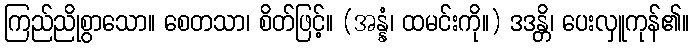
ကြည်ညိုစွာသော။ စေတသာ၊ စိတ်ဖြင့်။ (အန္နံ၊ ထမင်းကို။) ဒဒန္တိ၊ ပေးလှူကုန်၏။